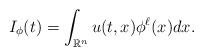
LaTeX: \begin{align*}I_\phi (t)= \int_{\mathbb R^n} u (t,x) \phi ^\ell(x) dx.\end{align*}